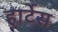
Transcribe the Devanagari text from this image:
हार्टेस